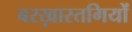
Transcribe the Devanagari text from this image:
बरख़ास्तगियों